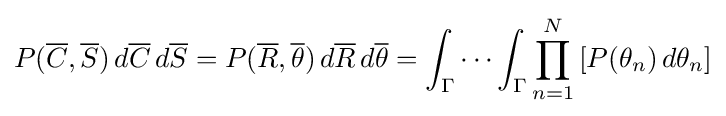
P({\overline {C}},{\overline {S}})\,d{\overline {C}}\,d{\overline {S}}=P({\overline {R}},{\overline {\theta }})\,d{\overline {R}}\,d{\overline {\theta }}=\int _{\Gamma }\cdots \int _{\Gamma }\prod _{n=1}^{N}\left[P(\theta _{n})\,d\theta _{n}\right]